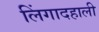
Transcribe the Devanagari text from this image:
लिंगादहाली